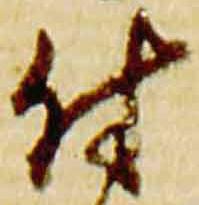
付